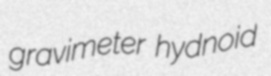
gravimeter hydnoid